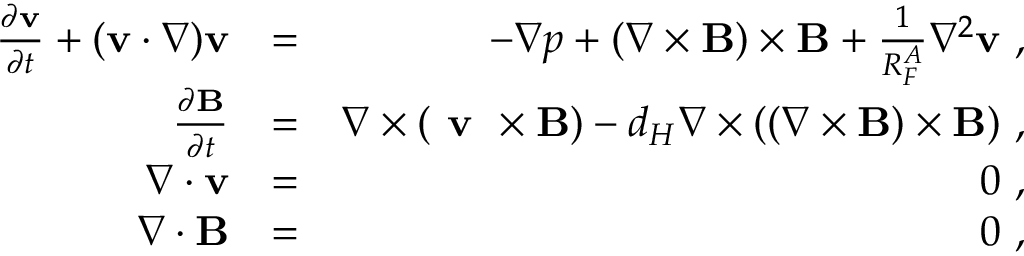
\begin{array} { r l r } { \frac { \partial { \bf v } } { \partial t } + ( { \bf v } \cdot \nabla ) { \bf v } } & { = } & { - \nabla p + ( \nabla \times { \bf B } ) \times { \bf B } + \frac { 1 } { R _ { F } ^ { A } } \nabla ^ { 2 } { \bf v } ~ , } \\ { \frac { \partial { \bf B } } { \partial t } } & { = } & { \nabla \times ( \textbf { v } \times { \bf B } ) - d _ { H } \nabla \times ( ( \nabla \times { \bf B } ) \times { \bf B } ) ~ , } \\ { \nabla \cdot { \bf v } } & { = } & { 0 ~ , } \\ { \nabla \cdot { \bf B } } & { = } & { 0 ~ , } \end{array}